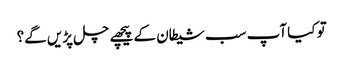
تو کیا آپ سب شیطان کے پیچھے چل پڑیں گے؟